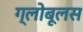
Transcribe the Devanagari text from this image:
ग्लोबूलस